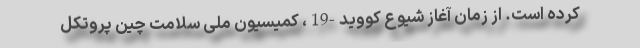
کرده است. از زمان آغاز شیوع کووید-19، کمیسیون ملی سلامت چین پروتکل